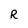
Character: R